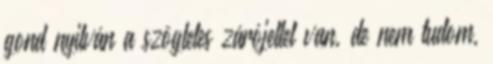
gond nyilván a szögletes zárójellel van, de nem tudom,